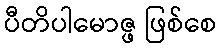
ပီတိပါမောဇ္ဖ ဖြစ်စေ